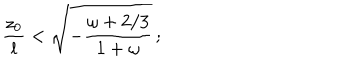
{ \frac { z _ { 0 } } { l } } < \sqrt { - { \frac { \omega + 2 / 3 } { 1 + \omega } } } \, ;